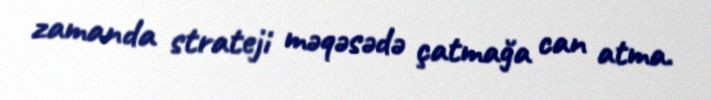
zamanda strateji məqəsədə çatmağa can atma.